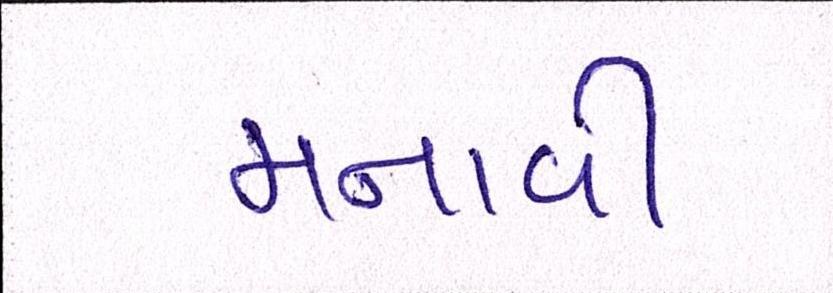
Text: મનાવી